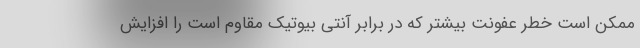
ممکن است خطر عفونت بیشتر که در برابر آنتی بیوتیک مقاوم است را افزایش